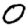
Digit: 0